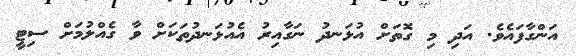
އަންގާފައެވެ. އަދި މި ގޮތަށް އުޅަނދު ނަގާއިރު އެއުޅަނދުތަކަށް ވާ ގެއްލުމަށް ސިޓީ